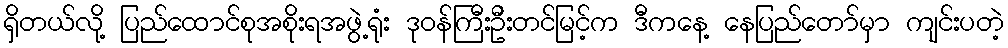
ရှိတယ်လို့ ပြည်ထောင်စုအစိုးရအဖွဲ့ရုံး ဒုဝန်ကြီးဦးတင်မြင့်က ဒီကနေ့ နေပြည်တော်မှာ ကျင်းပတဲ့